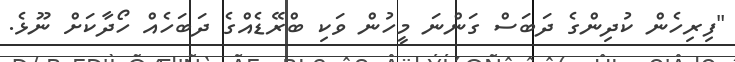
"ފިރިހެން ކުދިންގެ ދަބަސް ގަންނަ މީހުން ވަކި ބްރޭޑެއްގެ ދަބަހެއް ހޯދާކަށް ނޫޅެ.